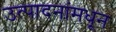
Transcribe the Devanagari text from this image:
उत्पादनांमधून